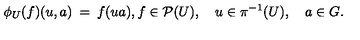
\phi _ { U } ( f ) ( u , a ) \: = \: f ( u a ) , f \in { \cal P } ( U ) , \quad u \in \pi ^ { - 1 } ( U ) , \quad a \in G .